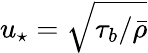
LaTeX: u_{\star}=\sqrt{\tau_{b}/\bar{\rho}}